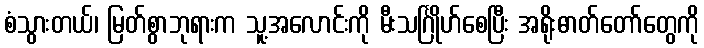
စံသွားတယ်၊ မြတ်စွာဘုရားက သူ့အလောင်းကို မီးသင်္ဂြိုဟ်စေပြီး အရိုးဓာတ်တော်တွေကို